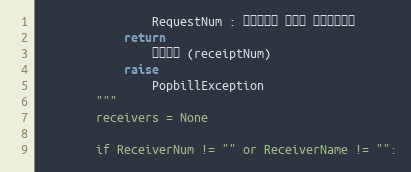
Language: Python
                RequestNum : 전송요청시 할당한 전송요청번호
            return
                접수번호 (receiptNum)
            raise
                PopbillException
        """
        receivers = None

        if ReceiverNum != "" or ReceiverName != "":